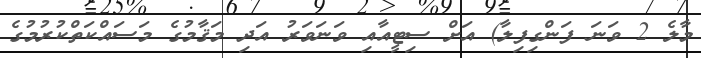
މާލެ 2 ވަނަ ފަންގިފިލާ) އަށް ސިޓީއާއި ވަނަވަރު އަދި މަޤާމުގެ މަސައްކަތްކުރުމުގެ